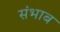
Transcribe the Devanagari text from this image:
संभाब